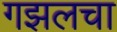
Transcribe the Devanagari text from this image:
गझलचा